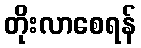
တိုးလာစေရန်